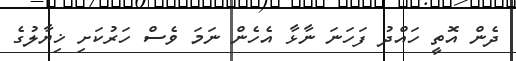
ދެން އޮތީ ހައްދު ފަހަނަ ނާޅާ އެހެން ނަމަ ވެސް ހަރުކަށި ޚިޔާލުގެ